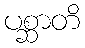
ပစ္ဆာတိ